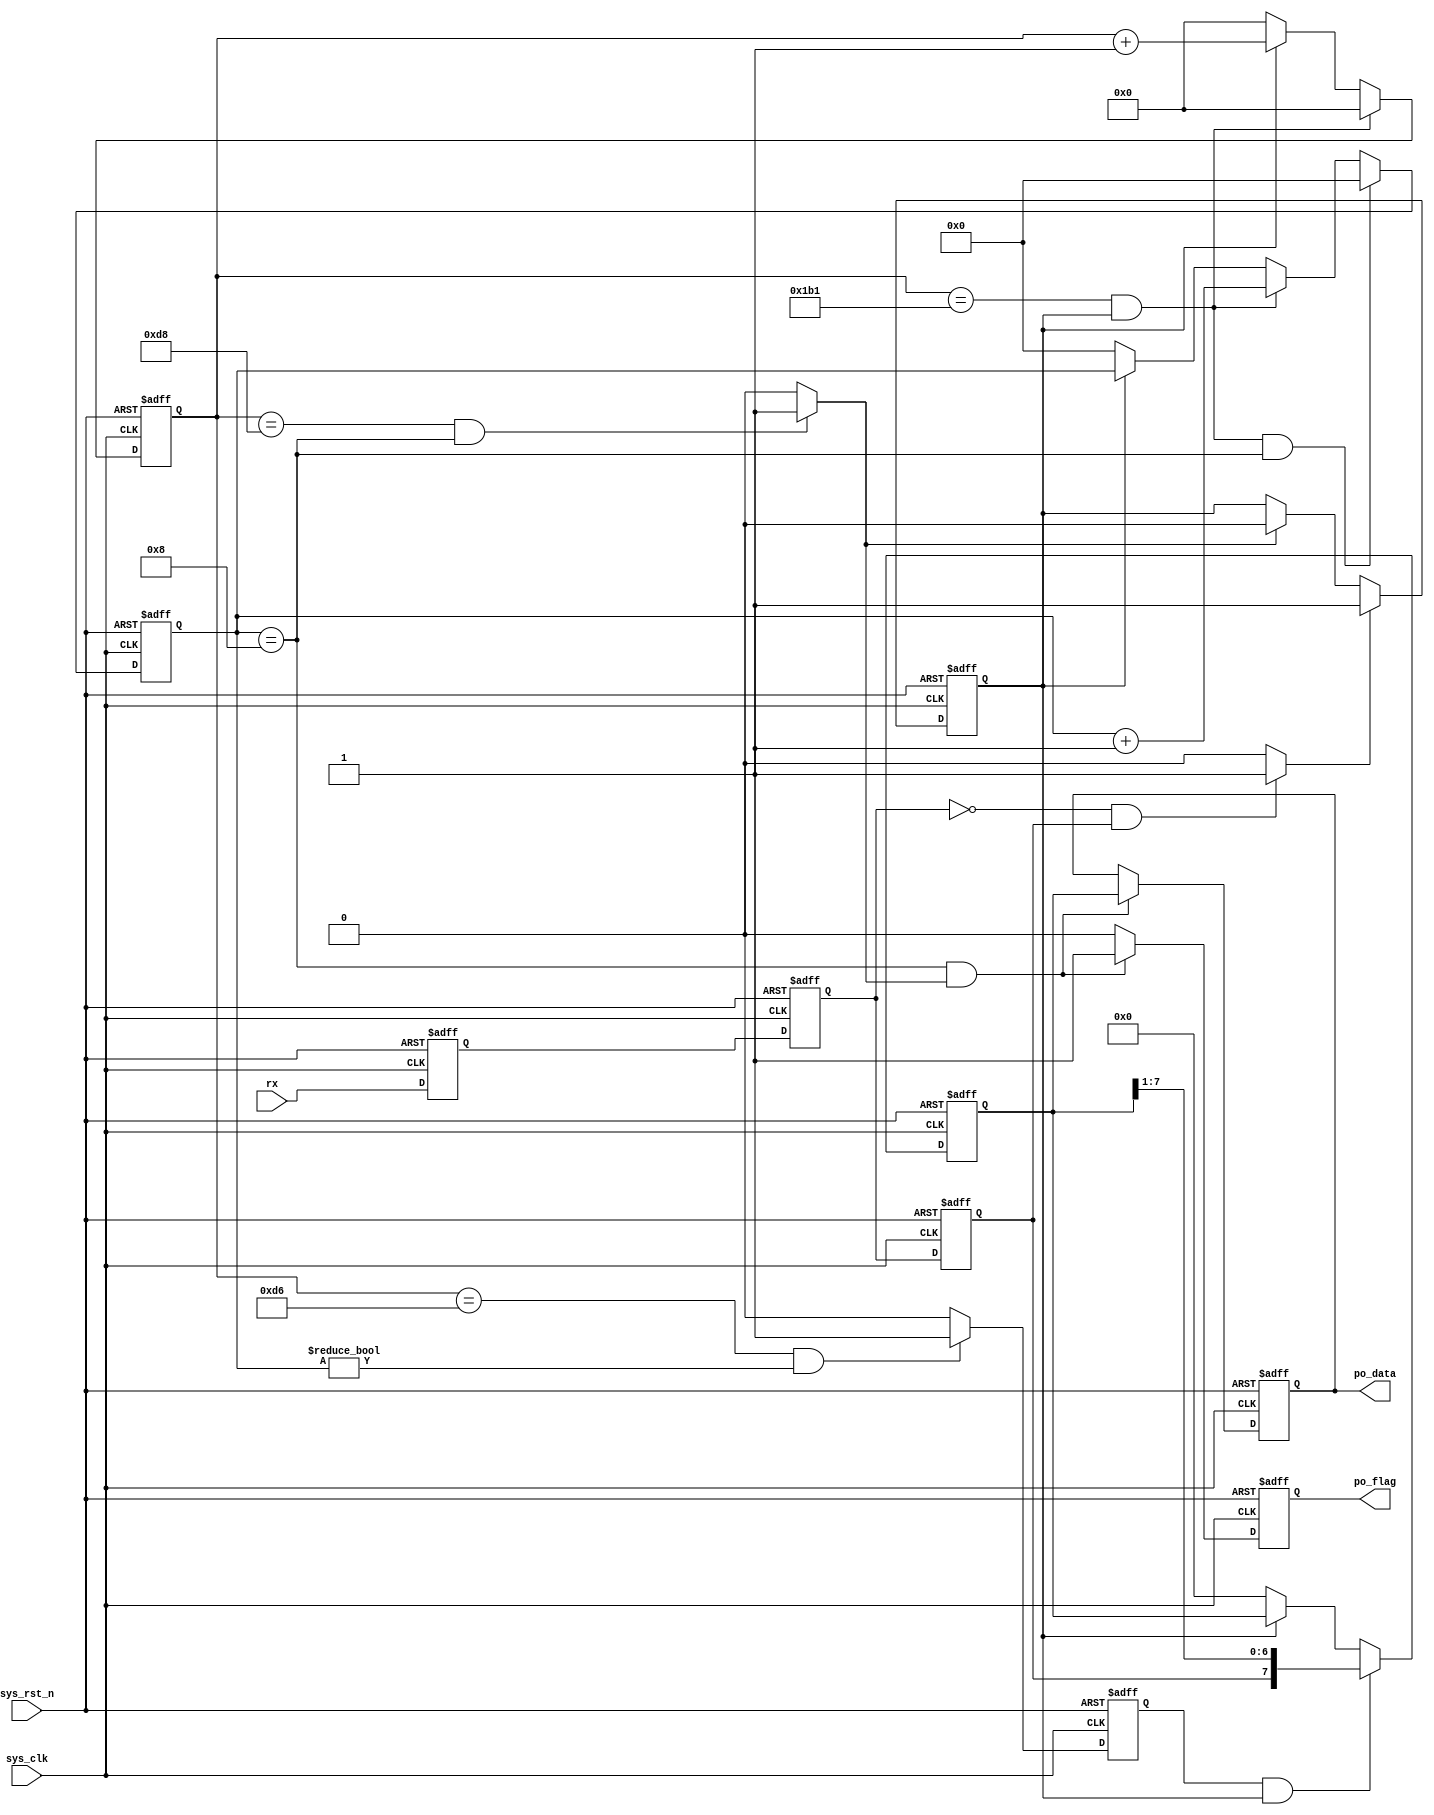
module  uart_rx
#(
	parameter	CLK_FRE		=	'd50_000_000	,	//
				BAUD_RATE	=	'd115200			//
)
(
	input	wire			sys_clk		,	//50MHZ
	input	wire			sys_rst_n	,	//
	input	wire			rx			,	//
	
	output	reg 	[7:0]	po_data		,	//8
	output	reg 			po_flag			//
);

localparam	CNT_BAUD_MID	=	CLK_FRE / (BAUD_RATE*2)	,	//
			CNT_BAUD_MAX	=	CLK_FRE	/ BAUD_RATE		;	//

reg				rx_d0		;	//FPGA
reg				rx_d1		;	//FPGA
reg				rx_d2		;	//FPGA
reg				work_valid	;	//FPGA
reg		[14:0]	cnt_baud	;	//
reg		[3:0]	cnt_bit		;	//
reg				flag_bit	;	//
reg		[7:0]	po_data_reg	;	//
wire			start_en	;	//
wire			stop_en		;	//

assign  start_en	=	((rx_d1 == 1'b0)&&(rx_d2 == 1'b1)) ? 1'b1 : 1'b0  ;
assign	stop_en		=	((cnt_baud == CNT_BAUD_MID - 1'b1)&&(cnt_bit == 4'd8)) ? 1'b1 : 1'b0  ;

always@(posedge sys_clk or negedge sys_rst_n)
	if(sys_rst_n == 1'b0)
		begin
			rx_d0  <=  1'b0  ;
			rx_d1  <=  1'b0  ;
			rx_d2  <=  1'b0  ;
		end
	else
		begin
			rx_d0  <=  rx     ;
			rx_d1  <=  rx_d0  ;
			rx_d2  <=  rx_d1  ;
		end
		
always@(posedge sys_clk or negedge sys_rst_n)
	if(sys_rst_n == 1'b0)
		work_valid  <=  1'b0  ;
	else  if(start_en == 1'b1)
		work_valid  <=  1'b1  ;
	else  if(stop_en == 1'b1)
		work_valid  <=  1'b0  ;
	else
		work_valid  <=  work_valid  ;
		
always@(posedge sys_clk or negedge sys_rst_n)
	if(sys_rst_n == 1'b0)
		cnt_baud  <=  15'd0  ;
	else  if((cnt_baud == CNT_BAUD_MAX - 1'b1)&&(work_valid == 1'b1))
		cnt_baud  <=  15'd0  ;
	else  if(work_valid == 1'b1)
		cnt_baud  <=  cnt_baud + 1'b1  ;
	else
		cnt_baud  <=  15'd0  ;
		
always@(posedge sys_clk or negedge sys_rst_n)
	if(sys_rst_n == 1'b0)
		cnt_bit  <=  4'd0  ;
	else  if((cnt_baud == CNT_BAUD_MAX - 1'b1)&&(work_valid == 1'b1)&&(cnt_bit == 4'd8))
		cnt_bit  <=  4'd0  ;	
	else  if((cnt_baud == CNT_BAUD_MAX - 1'b1)&&(work_valid == 1'b1))
		cnt_bit  <=  cnt_bit + 1'b1  ;
	else  if(work_valid == 1'b0)
		cnt_bit  <=  4'd0  ;
	else
		cnt_bit  <=  cnt_bit  ;
		
always@(posedge sys_clk or negedge sys_rst_n)
	if(sys_rst_n == 1'b0)
		flag_bit  <=  1'b0  ;
	else  if((cnt_baud == CNT_BAUD_MID - 2'd3)&&(cnt_bit != 4'd0))
		flag_bit  <=  1'b1  ;
	else
		flag_bit  <=  1'b0  ;
		
always@(posedge sys_clk or negedge sys_rst_n)
	if(sys_rst_n == 1'b0)
		po_data_reg  <=  8'd0  ;
	else  if((flag_bit == 1'b1)&&(work_valid == 1'b1))
		po_data_reg  <=  {rx_d2,po_data_reg[7:1]}  ;
	else  if(work_valid == 1'b0)
		po_data_reg  <=  8'd0  ;
	else
		po_data_reg  <=  po_data_reg  ;
		
always@(posedge sys_clk or negedge sys_rst_n)
	if(sys_rst_n == 1'b0)
		po_data  <=  8'd0  ;
	else  if((cnt_bit == 4'd8)&&(stop_en == 1'b1))
		po_data  <=  po_data_reg  ;
	else
		po_data  <=  po_data  ;
		
always@(posedge sys_clk or negedge sys_rst_n)
	if(sys_rst_n == 1'b0)
		po_flag  <=  1'b0  ;
	else  if((cnt_bit == 4'd8)&&(stop_en == 1'b1))
		po_flag  <=  1'b1  ;
	else
		po_flag  <=  1'b0  ;

endmodule